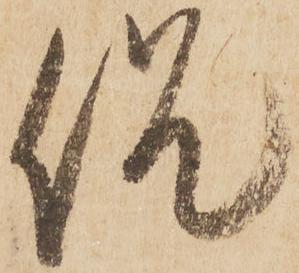
侃